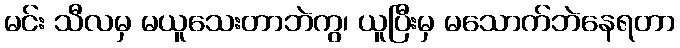
မင်း သီလမှ မယူသေးတာဘဲကွ၊ ယူပြီးမှ မသောက်ဘဲနေရတာ